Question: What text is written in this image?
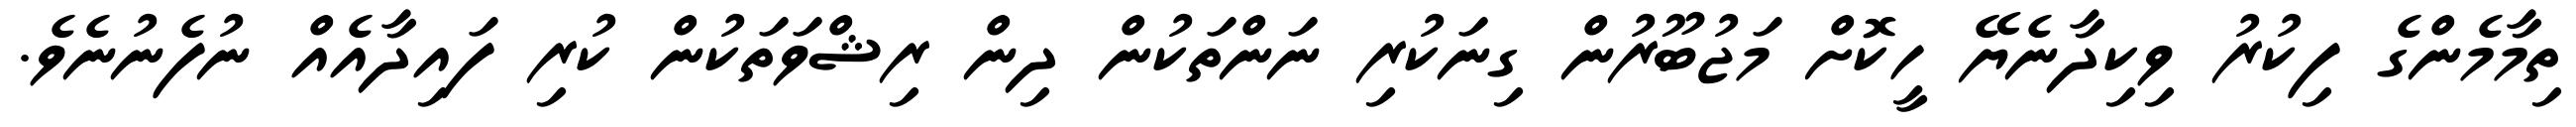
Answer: ތިމާމެންގެ ފިކުރު ވިކިދާނެޔޭ ހީކޮށް މަޖުބޫރުން ގިނަކުރި ނަންތަކުން ދިން ރިޝްވަތަކުން ކުރި ފައިދާއެއް ނުފެނުނެވެ.